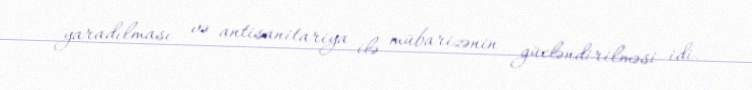
yaradılması və antisanitariya ilə mübarizənin gücləndirilməsi idi.